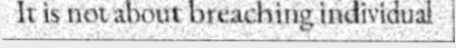
It is not about breaching individual